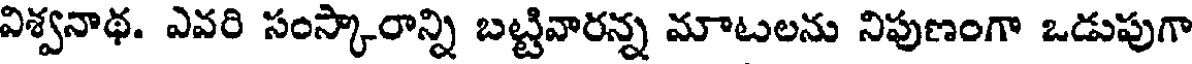
విశ్వనాథ. ఎవరి సంస్కారాన్ని బట్టివారన్న మాటలను నిపుణంగా ఒడుపుగా